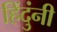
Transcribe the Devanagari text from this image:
हिंदुंनी